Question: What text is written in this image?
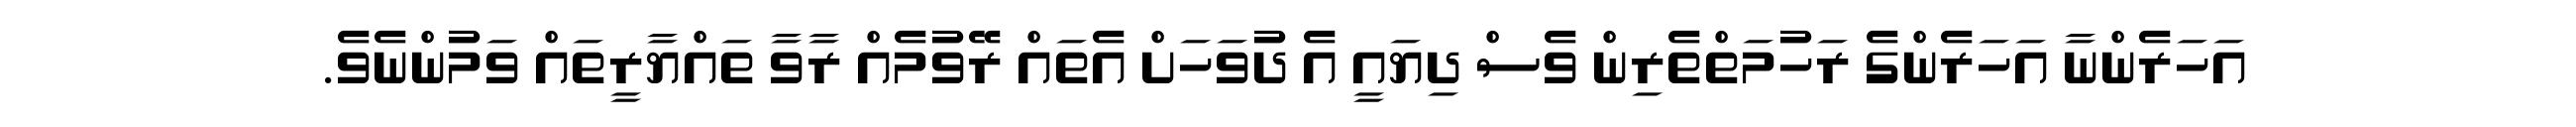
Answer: އަހަރެންނާ އަހަރެންގެ ރަހުމަތްތެރިން ވެސް ދިޔައީ އެ ދުވަހަށް އެތައް ރޭވުމެއް ރާވާ ތައްޔާރީތައް ވަމުންނެވެ.